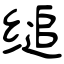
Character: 缒